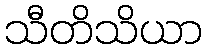
သီတိသိယာ